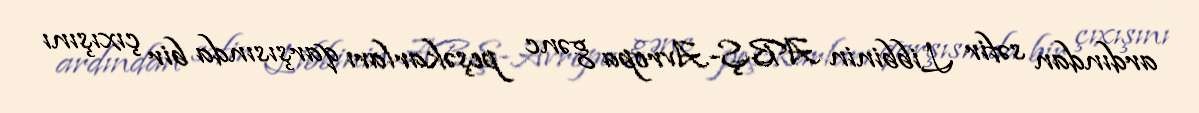
ardından səfir Libbinin ABŞ-Avropa gənc peşəkarları qarşısında bir çıxışını